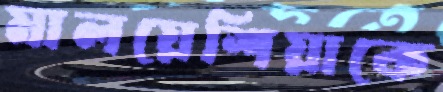
মালয়েশিয়াকে